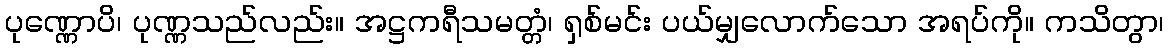
ပုဏ္ဏောပိ၊ ပုဏ္ဏသည်လည်း။ အဋ္ဌကရီသမတ္တံ၊ ရှစ်မင်း ပယ်မျှလောက်သော အရပ်ကို။ ကသိတွာ၊